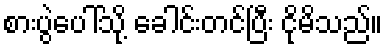
စားပွဲပေါ်သို့ ခေါင်းတင်ပြီး ငိုမိသည်။